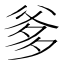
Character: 爹